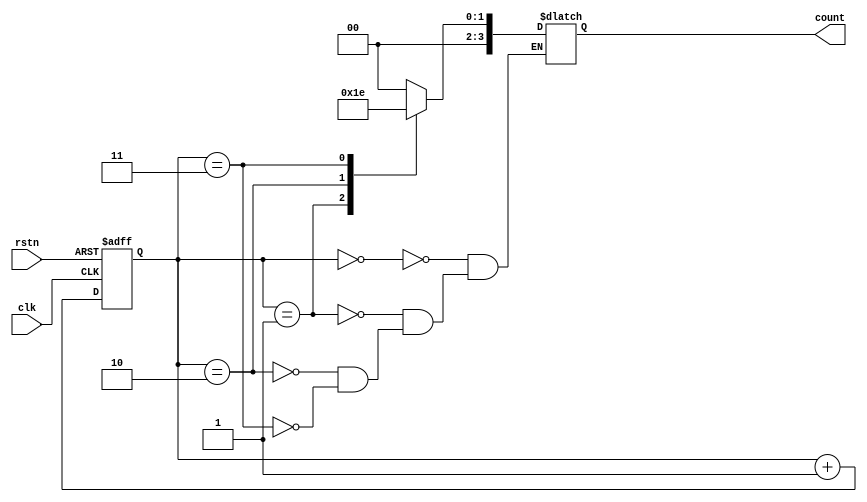
module johnson_gray_counter (
  input wire clk,
  input wire rstn,
  output reg [N-1:0] count
);

parameter N = 4; // number of bits in the counter

reg [N-1:0] state;

always @(posedge clk or negedge rstn) begin
  if (~rstn) begin
    state <= 0;
  end else begin
    state <= state + 1;
  end
end

always @* begin
  case(state)
    0: count = N'h0;
    1: count = N'h1;
    2: count = N'h3;
    3: count = N'h2;
    // continue pattern for desired number of bits
    default: count = count;
  endcase
end

endmodule